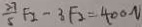
\frac { 2 7 } { 5 } F _ { 2 } - 3 F _ { 2 } = 4 0 0 N